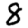
Digit: 8